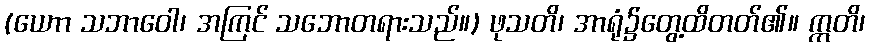
(ယောာ သဘာဝေါ၊ အကြင် သဘောတရားသည်။) ဖုသတိ၊ အာရုံ၌တွေ့ထိတတ်၏။ ဣတိ၊